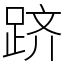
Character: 跻